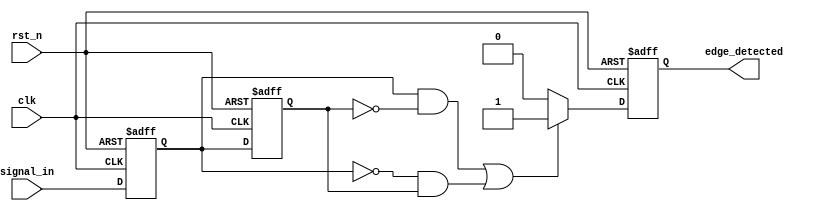
module glitch_free_edge_detector (
    input wire clk,         // Clock input
    input wire rst_n,      // Active low reset
    input wire signal_in,   // Input signal to detect edges
    output reg edge_detected // Output signal indicating edge detection
);

    // Memory blocks to store previous states
    reg signal_prev;        // Previous state of the input signal
    reg signal_prev_prev;   // State before the previous state

    // Edge detection logic
    always @(posedge clk or negedge rst_n) begin
        if (!rst_n) begin
            // Reset the memory blocks and output
            signal_prev <= 1'b0;
            signal_prev_prev <= 1'b0;
            edge_detected <= 1'b0;
        end else begin
            // Shift the states
            signal_prev_prev <= signal_prev; // Store previous state
            signal_prev <= signal_in;        // Capture current state

            // Edge detection logic
            if ((signal_prev == 1'b1 && signal_prev_prev == 1'b0) || // Rising edge
                (signal_prev == 1'b0 && signal_prev_prev == 1'b1))   // Falling edge
            begin
                edge_detected <= 1'b1; // Edge detected
            end else begin
                edge_detected <= 1'b0; // No edge detected
            end
        end
    end

endmodule